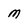
Character: M